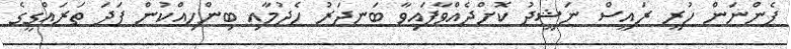
ފެންނަން ހުރީ ރައީސް ނަޝީދު ކޮށްދެއްވާފައިވާ ބަނދަރު ހެދުމާއި ބިންހިއްކުން ފަދަ ތަރައްގީގެ